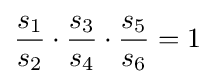
{\frac {s_{1}}{s_{2}}}\cdot {\frac {s_{3}}{s_{4}}}\cdot {\frac {s_{5}}{s_{6}}}=1